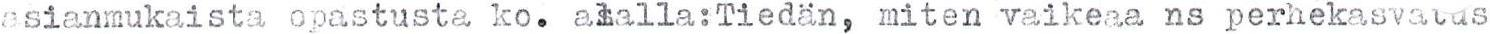
asianmukaista opastusta ko. alalla:Tiedän, miten vaikeaa ns perhekasvatus